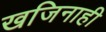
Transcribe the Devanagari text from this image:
खजिनाही